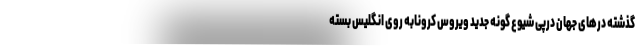
گذشته درهای جهان درپی شیوع گونه جدید ویروس کرونابه روی انگلیس بسته